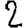
Digit: 2